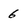
Character: 6